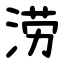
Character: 涝